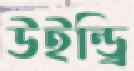
উইন্ড্রি